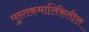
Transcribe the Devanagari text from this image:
पुस्तकमालिकेतील